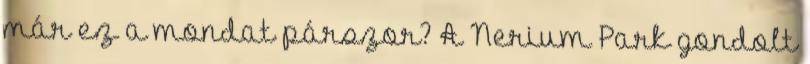
már ez a mondat párszor? A Nerium Park gondolt